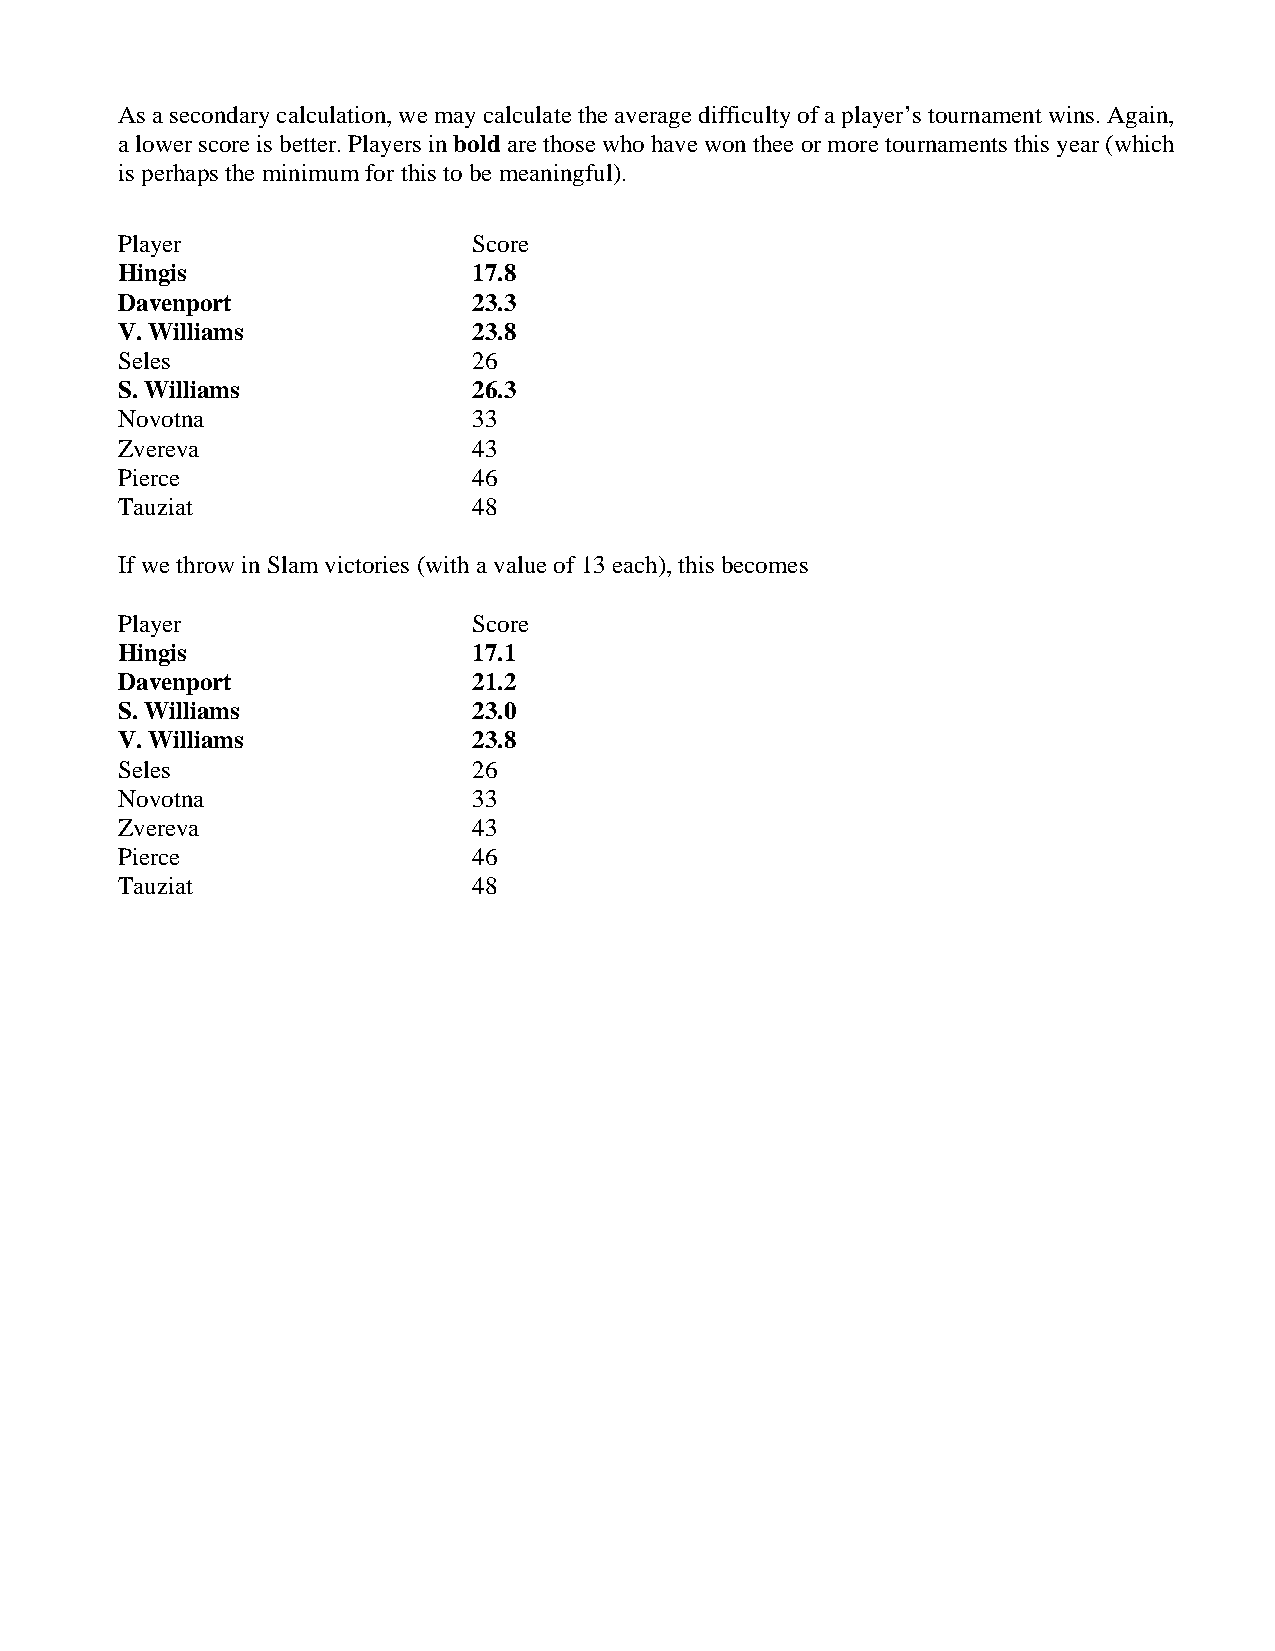
As a secondary calculation, we may calculate the average difficulty of a player’s tournament wins. Again,
 a lower score is better. Players in bold are those who have won thee or more tournaments this year (which
 is perhaps the minimum for this to be meaningful).
 Player                  Score
 Hingis                  17.8
 Davenport               23.3
 V. Williams             23.8
 Seles                   26
 S. Williams             26.3
 Novotna                 33
 Zvereva                 43
 Pierce                  46
 Tauziat                 48
 If we throw in Slam victories (with a value of 13 each), this becomes
 Player                  Score
 Hingis                  17.1
 Davenport               21.2
 S. Williams             23.0
 V. Williams             23.8
 Seles                   26
 Novotna                 33
 Zvereva                 43
 Pierce                  46
 Tauziat                 48